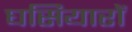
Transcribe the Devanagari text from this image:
घसियारों